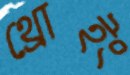
থ্রোইং